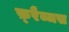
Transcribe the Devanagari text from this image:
फ़्रैब्जस